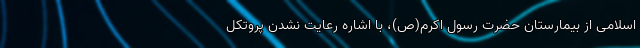
اسلامی از بیمارستان حضرت رسول اکرم(ص)، با اشاره رعایت نشدن پروتکل